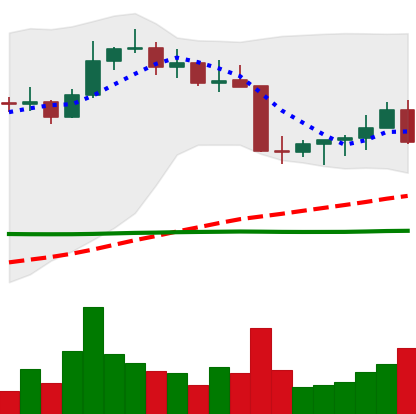
Ticker: ETC-USD
Chart end date: 2022-08-26
Forward return: -4.34%
Label: down_3_5